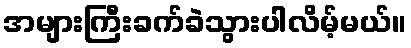
အများကြီးခက်ခဲသွားပါလိမ့်မယ်။